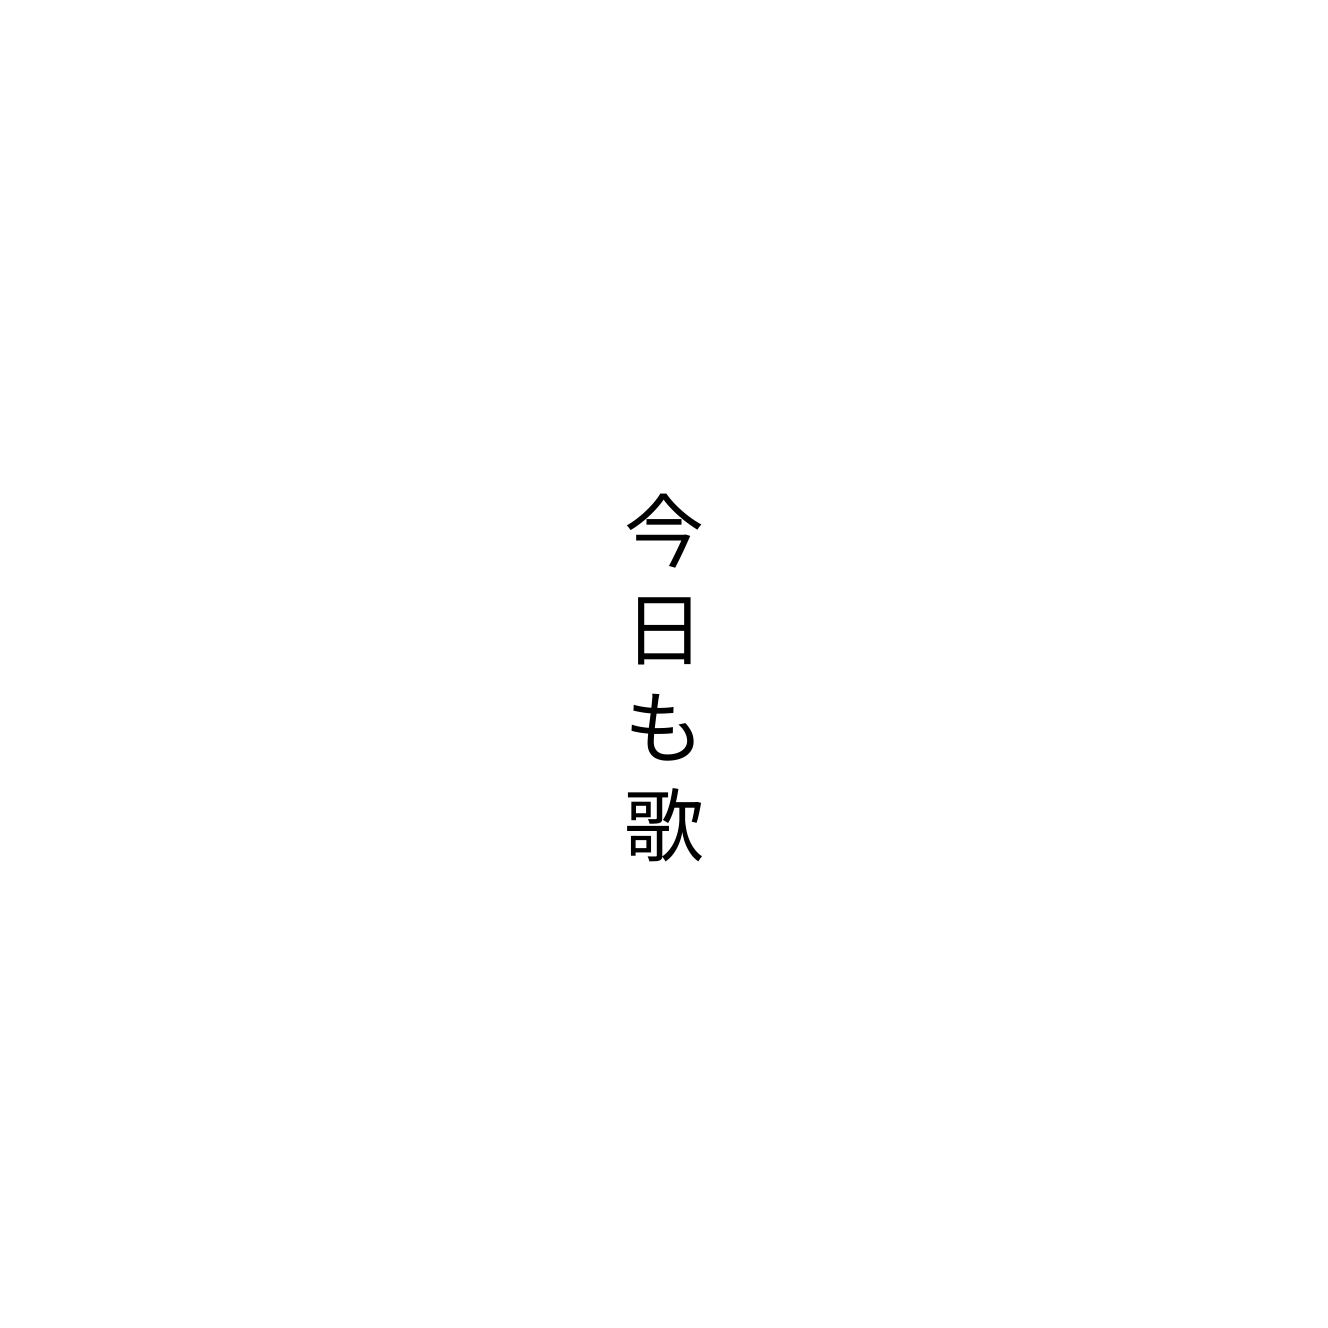
今日も歌